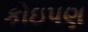
કોઇપણ